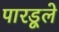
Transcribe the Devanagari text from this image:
पारडूले